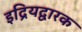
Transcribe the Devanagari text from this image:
इद्रियद्वारक